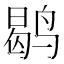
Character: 鹖